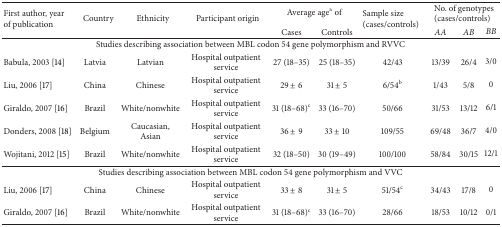
<table><thead><tr><td rowspan="2"><b>First author, year of publication</b></td><td rowspan="2"><b>Country</b></td><td rowspan="2"><b> Ethnicity</b></td><td rowspan="2"><b> Participant origin</b></td><td colspan="2"><b>Average age<sup>a</sup> of</b></td><td rowspan="2"><b>Sample size (cases/controls)</b></td><td colspan="3"><b>No. of genotypes(cases/controls)</b></td></tr><tr><td><b>Cases</b></td><td><b>Controls</b></td><td><b><i>AA </i></b></td><td><b><i>AB </i></b></td><td><b><i>BB </i></b></td></tr></thead><tbody><tr><td colspan="10">Studies describing association between MBL codon 54 gene polymorphism and RVVC</td></tr><tr><td>Babula, 2003 [14]</td><td>Latvia</td><td>Latvian</td><td>Hospital outpatient service</td><td>27 (18–35)</td><td>25 (18–35)</td><td>42/43</td><td>13/39</td><td>26/4</td><td>3/0</td></tr><tr><td>Liu, 2006 [17]</td><td>China</td><td>Chinese</td><td>Hospital outpatient service</td><td>29 ± 6</td><td>31 ± 5</td><td>6/54<sup>b</sup></td><td>1/43</td><td>5/8</td><td>0</td></tr><tr><td>Giraldo, 2007 [16]</td><td>Brazil</td><td>White/nonwhite</td><td>Hospital outpatient service</td><td>31 (18–68)<sup>c</sup></td><td>33 (16–70)</td><td>50/66</td><td>31/53</td><td>13/12</td><td>6/1</td></tr><tr><td>Donders, 2008 [18]</td><td>Belgium</td><td>Caucasian, Asian</td><td>Hospital outpatient service</td><td>36 ± 9</td><td>33 ± 10</td><td>109/55</td><td>69/48</td><td>36/7</td><td>4/0</td></tr><tr><td>Wojitani, 2012 [15]</td><td>Brazil</td><td>White/nonwhite</td><td>Hospital outpatient service</td><td>32 (18–50)</td><td>30 (19–49)</td><td>100/100</td><td>58/84</td><td>30/15</td><td>12/1</td></tr><tr><td colspan="10">Studies describing association between MBL codon 54 gene polymorphism and VVC</td></tr><tr><td>Liu, 2006 [17]</td><td>China</td><td>Chinese</td><td>Hospital outpatient service</td><td>33 ± 8</td><td>31 ± 5</td><td>51/54<sup>c</sup></td><td>34/43</td><td>17/8</td><td>0</td></tr><tr><td>Giraldo, 2007 [16]</td><td>Brazil</td><td>White/nonwhite</td><td>Hospital outpatient service</td><td>31 (18–68)<sup>c</sup></td><td>33 (16–70)</td><td>28/66</td><td>18/53</td><td>10/12</td><td>0/1</td></tr></tbody></table>